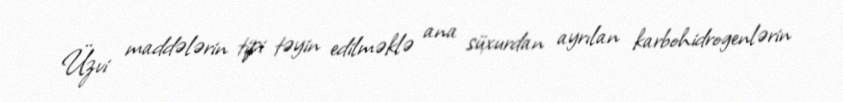
Üzvi maddələrin tipi təyin edilməklə ana süxurdan ayrılan karbohidrogenlərin